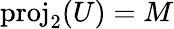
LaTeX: \mathrm{proj}_{2}(U)=M